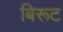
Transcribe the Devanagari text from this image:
बिरूट